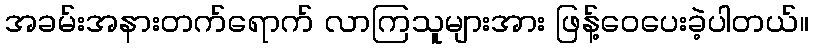
အခမ်းအနားတက်ရောက် လာကြသူများအား ဖြန့်ဝေပေးခဲ့ပါတယ်။